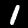
Digit: 1